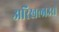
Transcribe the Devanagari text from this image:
अरिखलाउस